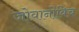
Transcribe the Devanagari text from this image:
जोवानोविच